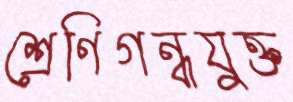
শ্রেণিগন্ধযুক্ত